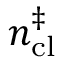
n _ { \mathrm { c l } } ^ { \ddag }